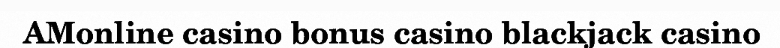
AMonline casino bonus casino blackjack casino